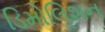
ડિમોલિશન